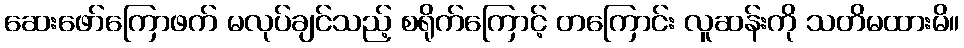
ဆေးဖော်ကြောဖက် မလုပ်ချင်သည့် စရိုက်ကြောင့် တကြောင်း လူဆန်းကို သတိမထားမိ။